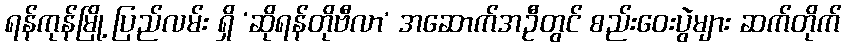
ရန်ကုန်မြို့ ပြည်လမ်း ရှိ ‘ဆိုရန်တိုဗီလာ’ အဆောက်အဦတွင် စည်းဝေးပွဲများ ဆက်တိုက်